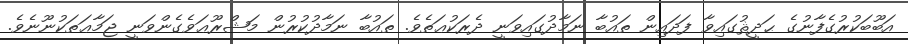
އަބޫބަކުރުގެފާނުގެ ޙަދީޘުގައިވާ ފަދައިން ތައުބާ ނަމާދުގައިވަނީ ދެރަކުޢަތެވެ. ތައުބާ ނަމާދުކުރުން މަޝްރޫޢަވެގެންވަނީ ޖަމާޢަތަކުނޫނެވެ.